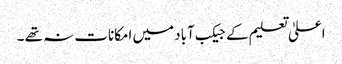
اعلیٰ تعلیم کے جیکب آباد میں امکانات نہ تھے ۔